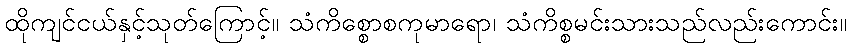
ထိုကျင်ငယ်နှင့်သုတ်ကြောင့်။ သံကိစ္စောစကုမာရော၊ သံကိစ္စမင်းသားသည်လည်းကောင်း။